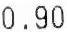
0.90